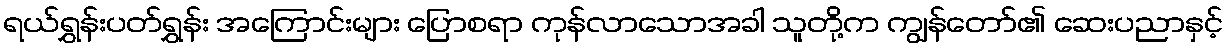
ရယ်ရွှန်းပတ်ရွှန်း အကြောင်းများ ပြောစရာ ကုန်လာသောအခါ သူတို့က ကျွန်တော်၏ ဆေးပညာနှင့်